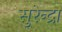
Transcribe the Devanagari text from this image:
सुरेन्द्रा